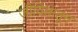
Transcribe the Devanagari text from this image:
जीवितातून